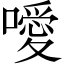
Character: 噯